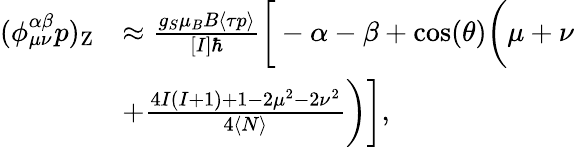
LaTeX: \begin{array}{rl}{(\phi_{\mu\nu}^{\alpha\beta}p)_{\mathrm{Z}}}&{\approx\frac{g_{S}\mu_{B}B\langle\tau p\rangle}{[I]\hbar}\bigg[-\alpha-\beta+\cos(\theta)\bigg(\mu+\nu}\\ &{+\frac{4I(I+1)+1-2\mu^{2}-2\nu^{2}}{4\langle N\rangle}\bigg)\bigg],}\end{array}